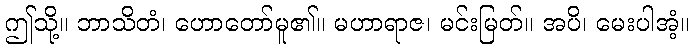
ဤသို့။ ဘာသိတံ၊ ဟောတော်မူ၏။ မဟာရာဇ၊ မင်းမြတ်။ အပိ၊ မေးပါအံ့။